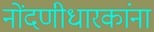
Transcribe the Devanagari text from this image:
नोंदणीधारकांना